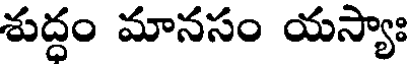
శుద్ధం మానసం యస్యాః